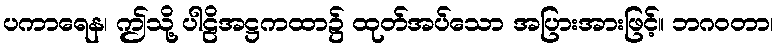
ပကာရေန၊ ဤသို့ ပါဠိအဋ္ဌကထာ၌ ထုတ်အပ်သော အပြားအားဖြင့်။ ဘဂဝတာ၊